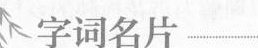
字词名片